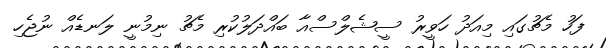
ފަހު މެޗުގައި މިއަދު ހަވީރު ސީޝެލްސްއާ ބައްދަލުކުރި މެޗު ނިމުނީ ލަނޑެއް ނުޖެހި